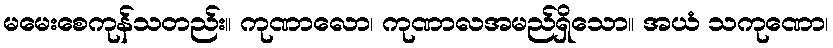
မမေးစေကုန်သတည်း။ ကုဏာလော၊ ကုဏာလအမည်ရှိသော။ အယံ သကုဏော၊